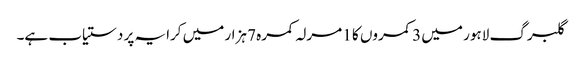
گلبرگ لاہور میں 3 کمروں کا 1 مرلہ کمرہ 7 ہزار میں کرایہ پر دستیاب ہے۔